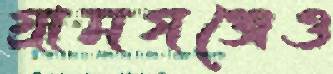
গ্রামগঞ্জেও